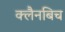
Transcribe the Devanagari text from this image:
क्लैनबिच